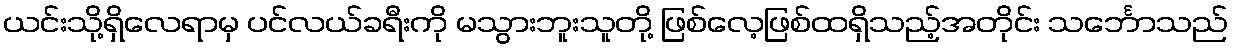
ယင်းသို့ရှိလေရာမှ ပင်လယ်ခရီးကို မသွားဘူးသူတို့ ဖြစ်လေ့ဖြစ်ထရှိသည့်အတိုင်း သင်္ဘောသည်